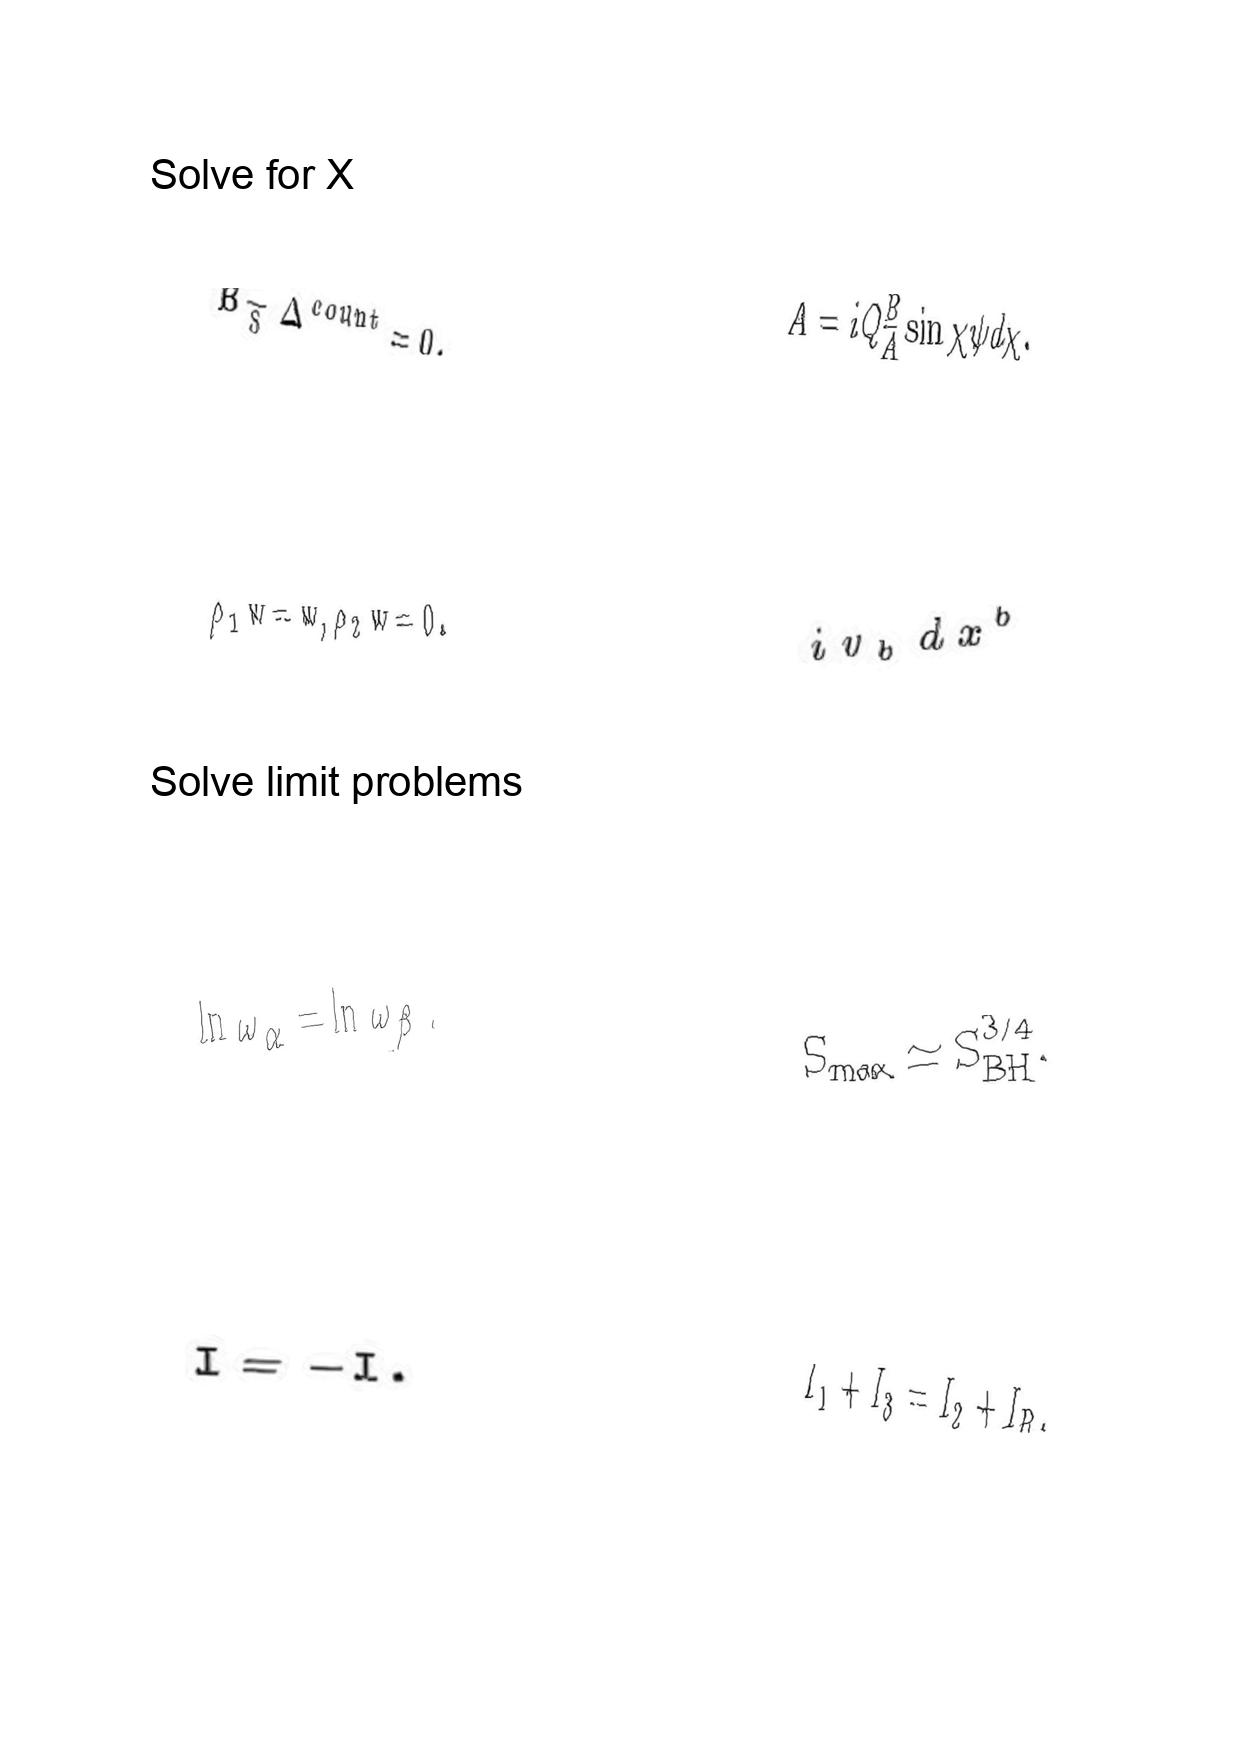
LaTeX transcription:
B _ { \tilde { S } } \Delta ^ { c o u n t } = 0 .
\rho _ { 1 } w = w , \rho _ { 2 } w = 0 .
\ln \omega _ { \alpha } = \ln \omega _ { \beta } .
I = - I .
A = i Q \frac { B } { A } \sin \chi \psi d \chi .
i v _ { b } d x ^ { b }
S _ { m a x } \simeq S _ { B H } ^ { 3 / 4 } .
I _ { 1 } + I _ { 3 } = I _ { 2 } + I _ { R } ,